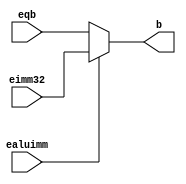
`timescale 1ns / 1ps
//////////////////////////////////////////////////////////////////////////////////
// Company: 
// Engineer: 
// 
// Design Name: 
// Module Name: aluMux
// Project Name: 
// Target Devices: 
// Tool Versions: 
// Description: 
// 
// Dependencies: 
// 
// Revision:
// Revision 0.01 - File Created
// Additional Comments:
// 
//////////////////////////////////////////////////////////////////////////////////


module aluMux(eqb, eimm32, ealuimm, b);
    input [31:0] eqb;
    input [31:0] eimm32;
    input ealuimm;
    output reg [31:0] b;
    
    always @(*) begin
        if (ealuimm == 0) 
            b = eqb;   
        else 
            b = eimm32;
    end
    
endmodule